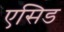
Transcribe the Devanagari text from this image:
एसिड